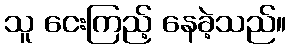
သူ ငေးကြည့် နေခဲ့သည်။